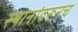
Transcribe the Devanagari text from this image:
स्थानांवरूनच